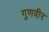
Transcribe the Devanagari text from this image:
गुणवीर